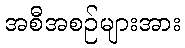
အစီအစဉ်များအား